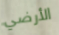
الأرضي